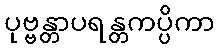
ပုဗ္ဗန္တာပရန္တကပ္ပိကာ